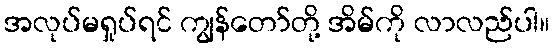
အလုပ်မရှုပ်ရင် ကျွန်တော်တို့ အိမ်ကို လာလည်ပါ။